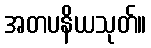
အတပနိယသုတ်။